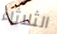
الثلاثاء